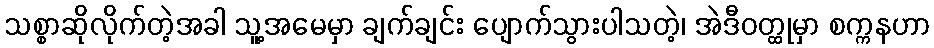
သစ္စာဆိုလိုက်တဲ့အခါ သူ့အမေမှာ ချက်ချင်း ပျောက်သွားပါသတဲ့၊ အဲဒီဝတ္ထုမှာ စက္ကနဟာ